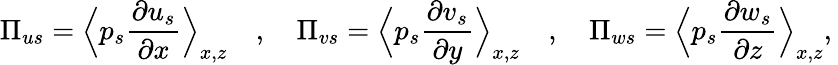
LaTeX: \Pi_{us}=\Bigl\langle p_{s}\frac{\partial u_{s}}{\partial x}\Bigr\rangle_{x,z}\quad,\quad\Pi_{vs}=\Bigl\langle p_{s}\frac{\partial v_{s}}{\partial y}\Bigr\rangle_{x,z}\quad,\quad\Pi_{ws}=\Bigl\langle p_{s}\frac{\partial w_{s}}{\partial z}\Bigr\rangle_{x,z},\: